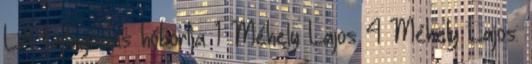
L:A fajtagadás hóbortja 1 Méhely Lajos 4 Méhely Lajos: